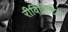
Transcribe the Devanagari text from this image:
रीविज़िटिड